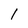
Character: l